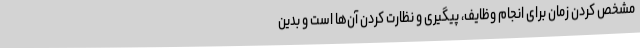
مشخص کردن زمان برای انجام وظایف، پیگیری و نظارت کردن آن‌ها است و بدین